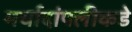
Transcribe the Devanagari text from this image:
मर्यादांपलीकडे